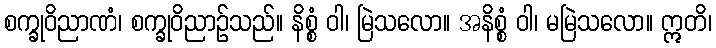
စက္ခုဝိညာဏံ၊ စက္ခုဝိညာဉ်သည်။ နိစ္စံ ဝါ၊ မြဲသလော။ အနိစ္စံ ဝါ၊ မမြဲသလော။ ဣတိ၊